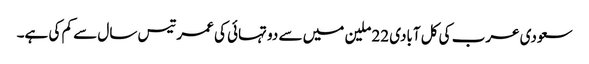
سعودی عرب کی کل آبادی 22 ملین میں سے دو تہائی کی عمر تیس سال سے کم کی ہے۔